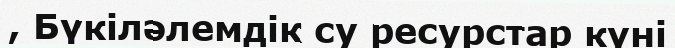
, Бүкіләлемдік су ресурстар күні